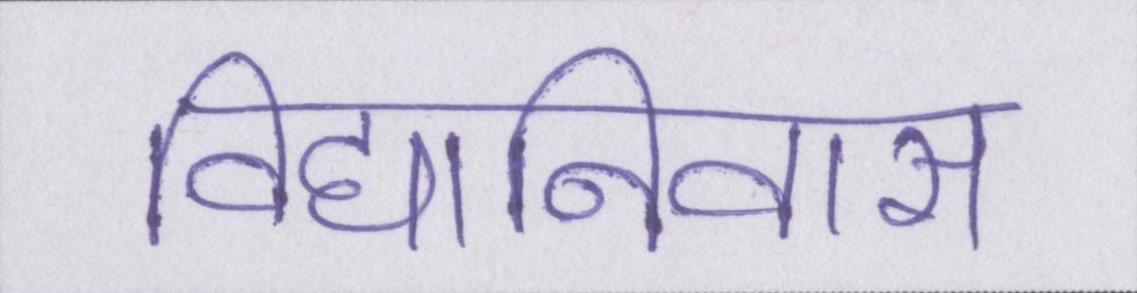
विद्यानिवास